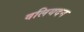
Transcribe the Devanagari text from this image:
वलियदन